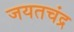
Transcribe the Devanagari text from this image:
जयतचंद्र